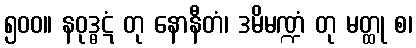
၅၀၀။ နဝုဒ္ဓဋံ တု နောနီတံ၊ ဒမိမဏ္ဍံ တု မတ္ထု စ၊